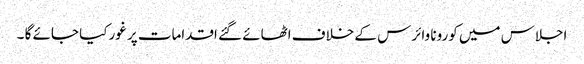
اجلاس میں کورونا وائرس کے خلاف اٹھائے گئے اقدامات پر غورکیا جائے گا ۔